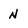
Character: N